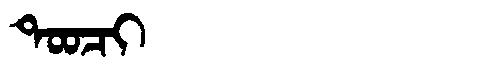
Manchu: ᡨᠣᠣᠴᡳ
Romanization: TOOCI